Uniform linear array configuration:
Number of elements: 64
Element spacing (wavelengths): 0.25
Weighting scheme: cosine
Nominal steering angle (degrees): -15
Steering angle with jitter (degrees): -15.313
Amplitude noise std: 0.05
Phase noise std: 0.05

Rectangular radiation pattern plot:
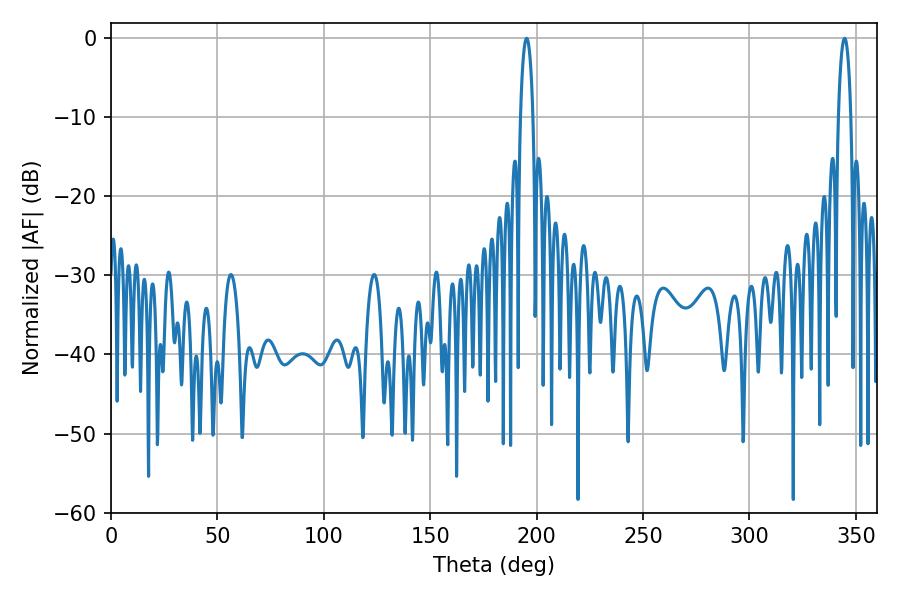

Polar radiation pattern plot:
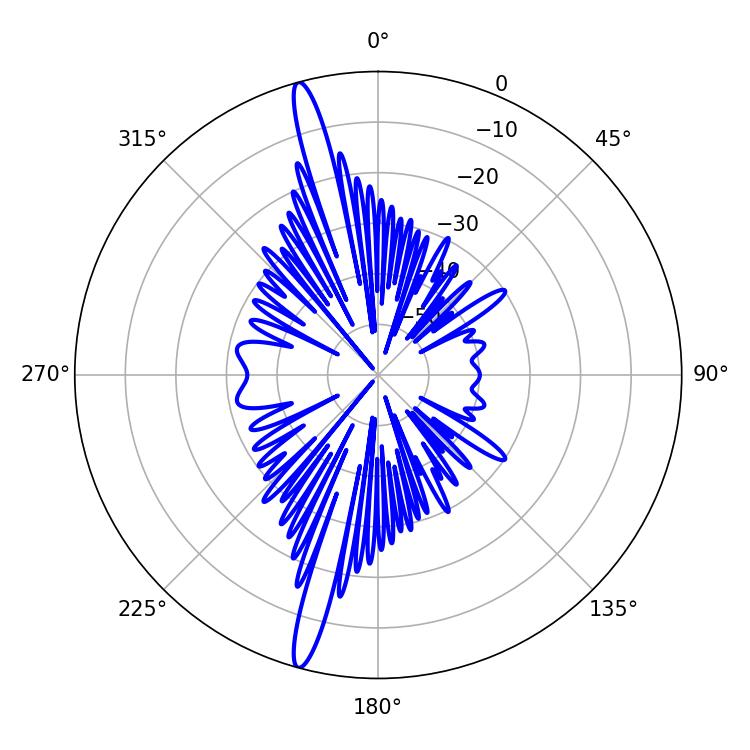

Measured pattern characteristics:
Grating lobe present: FALSE
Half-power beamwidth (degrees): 3.24
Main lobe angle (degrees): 195.3